65_HS1-834228961_62-HQ-83894_Serial_164
Agency: FBI
Page 109
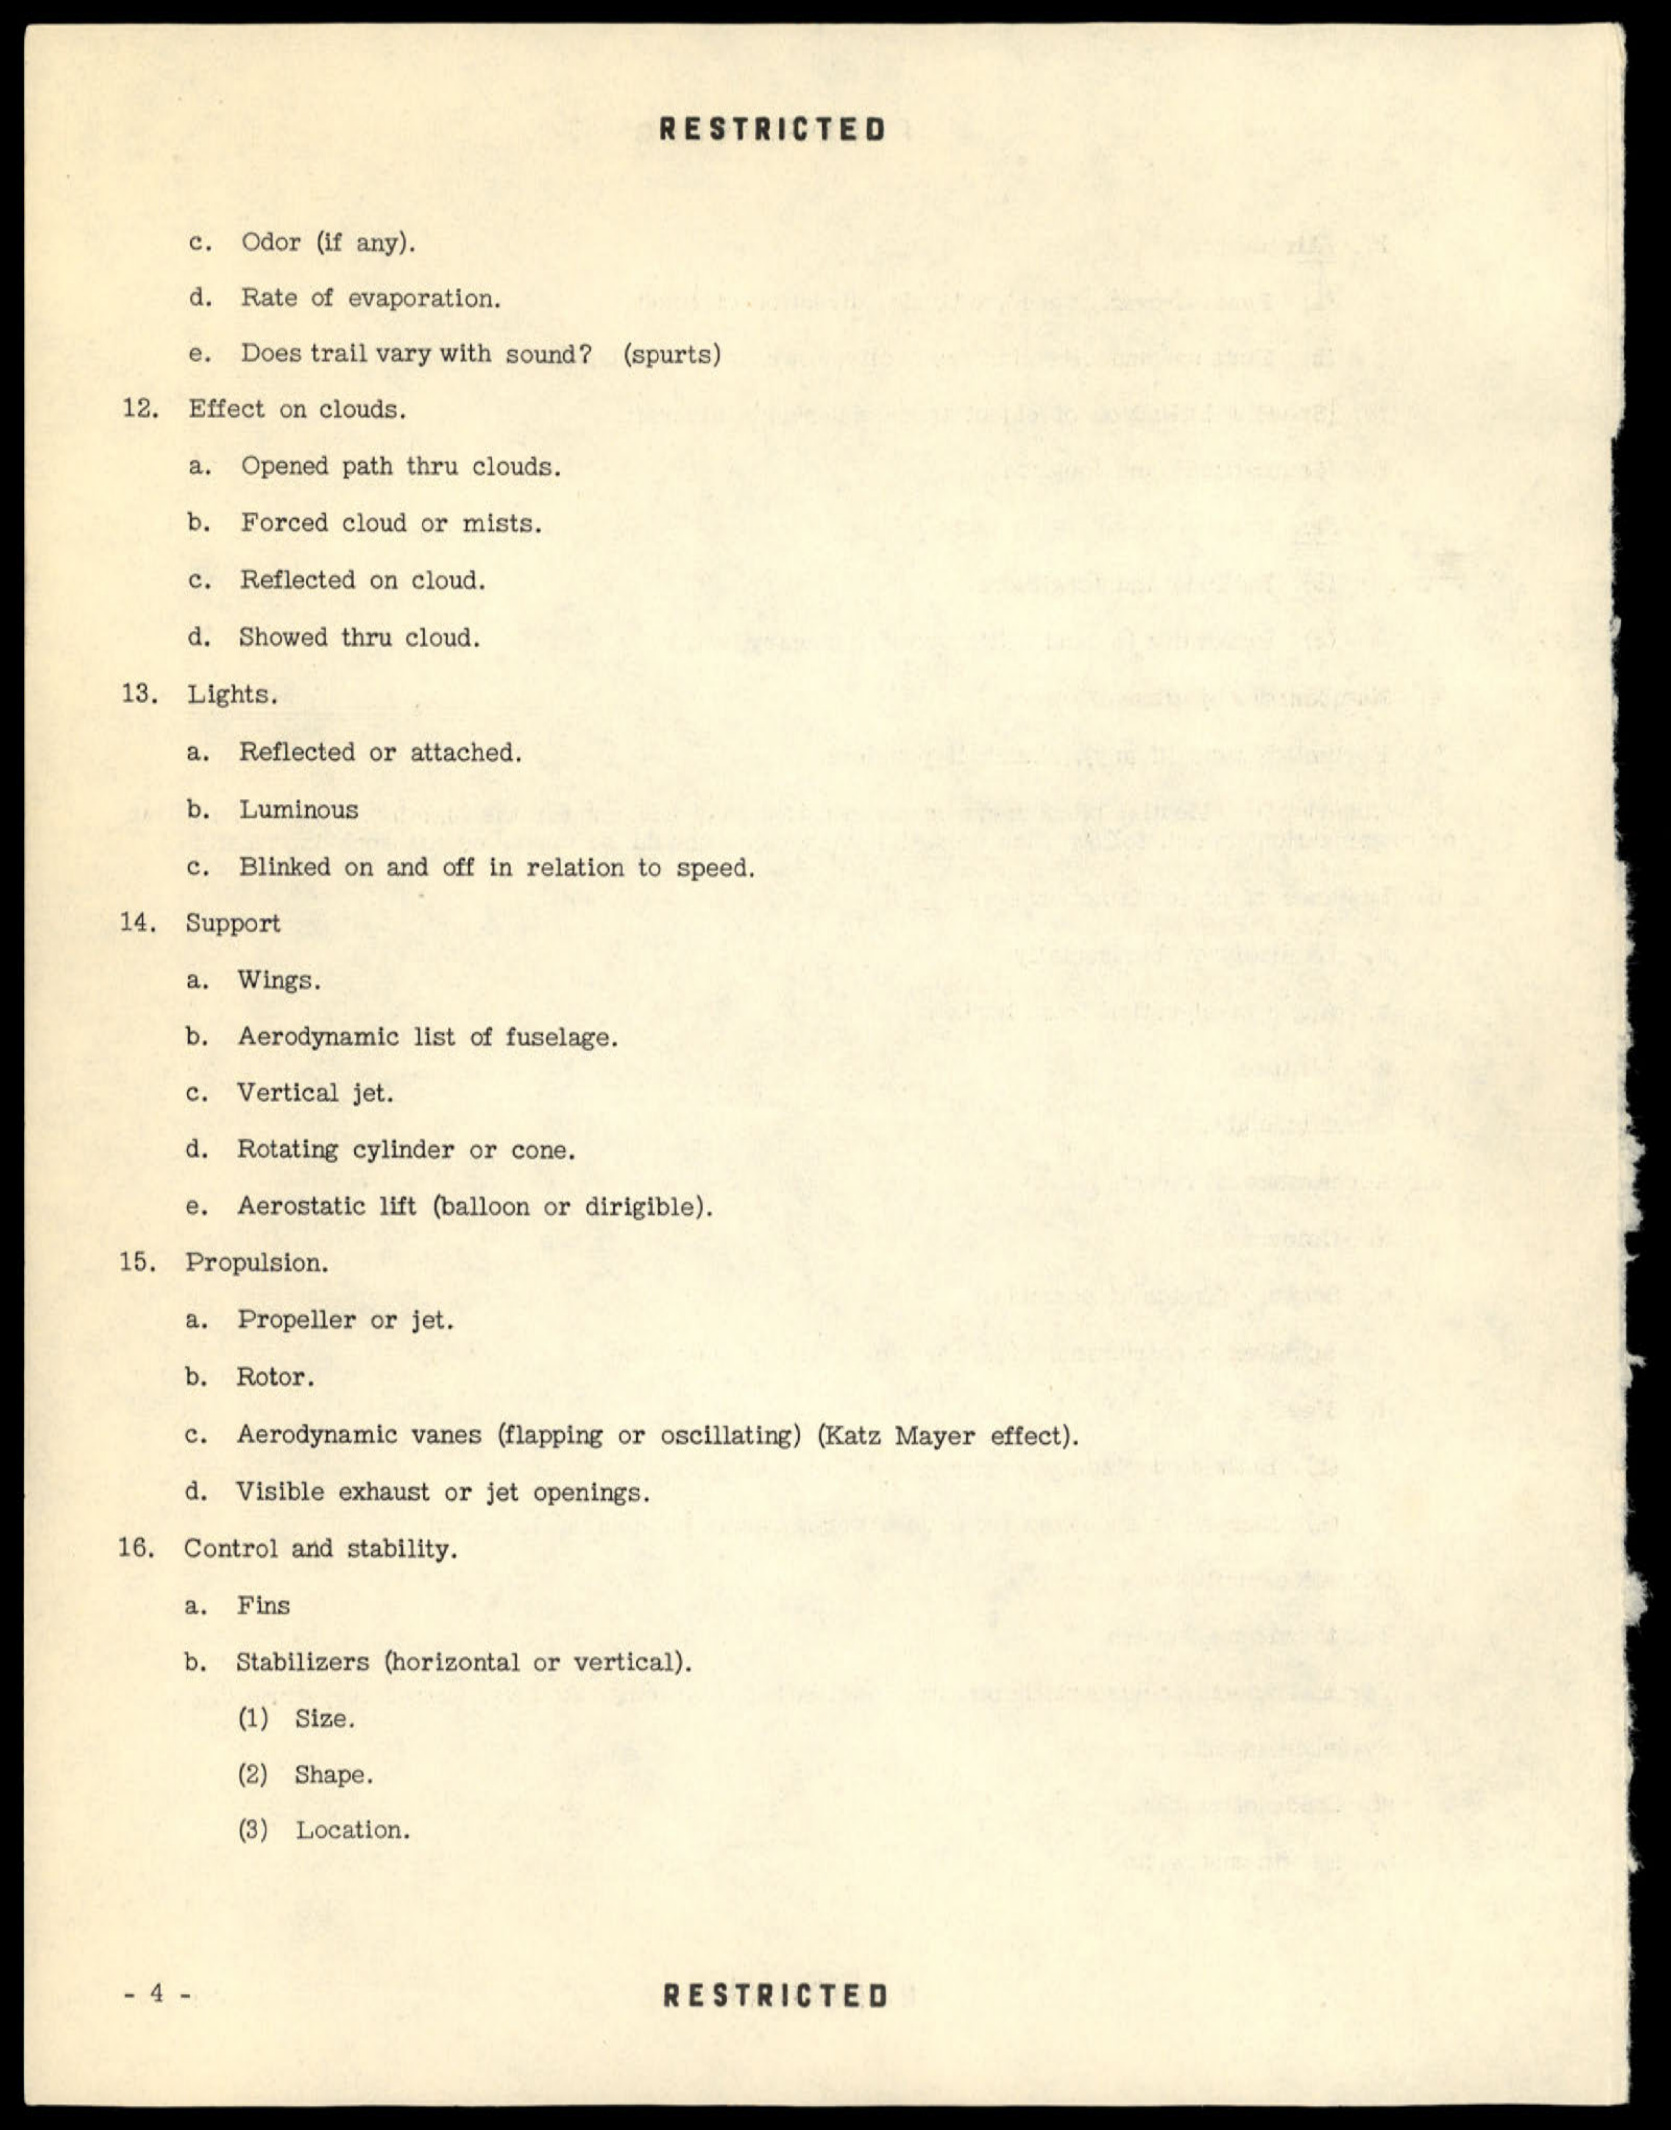